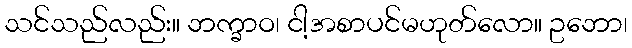
သင်သည်လည်း။ ဘက္ခာဝ၊ ငါ့အစာပင်မဟုတ်လော။ ဥဘော၊